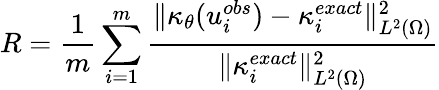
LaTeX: R=\frac{1}{m}\sum_{i=1}^{m}\frac{\| \kappa_{\theta}(u_{i}^{obs})-\kappa_{i}^{exact}\| _{L^{2}(\Omega)}^{2}}{\| \kappa_{i}^{exact}\| _{L^{2}(\Omega)}^{2}}